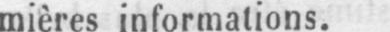
mières informations.